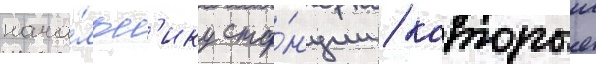
нача́льн'ику ста́нции / которыи